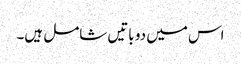
اس میں دو باتیں شامل ہیں۔